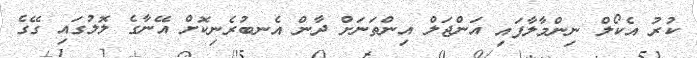
ކުރު އެކޯލް ނިންމާލާފައި އަންޖަލް އިންތަނަށް ދާން އެނބުރެނިކޮށް އޭނާގެ ލޮލުގައި ގޭގެ